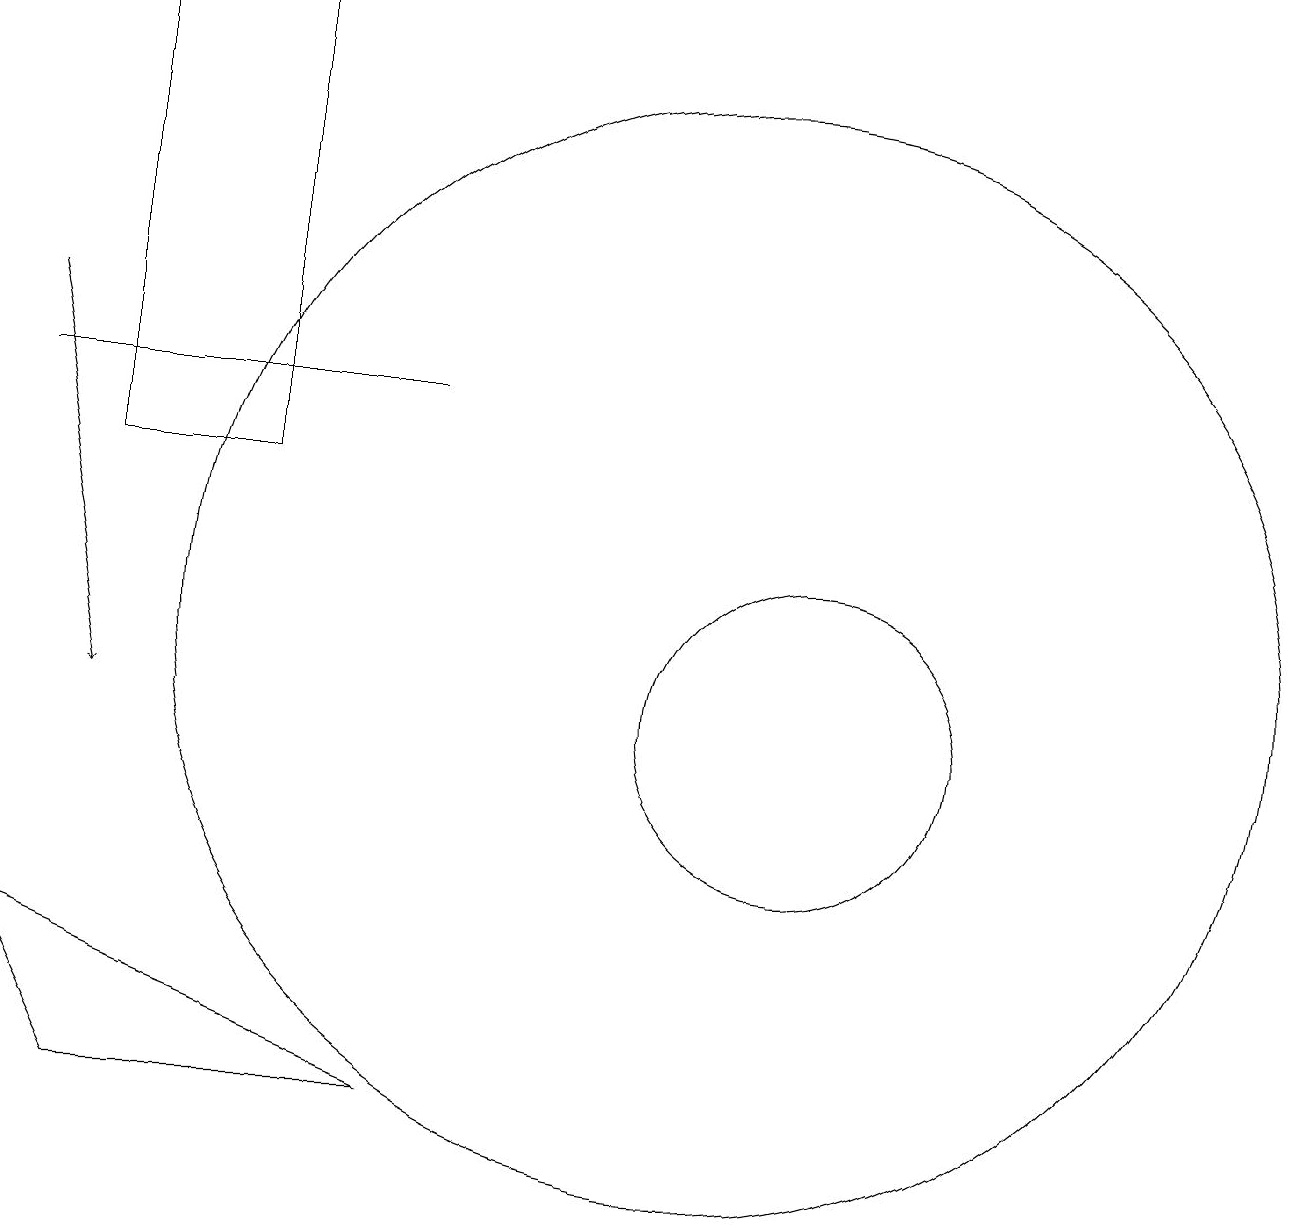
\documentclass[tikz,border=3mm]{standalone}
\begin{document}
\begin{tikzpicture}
\draw (1,7) -- (6,5) -- (2,5) -- cycle;
\draw (10,11) circle (7);
\draw (6,14) rectangle (1,14);
\draw[->] (1,15) -- (2,10);
\draw (11,10) circle (2);
\draw (2,13) rectangle (4,19);
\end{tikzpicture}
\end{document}